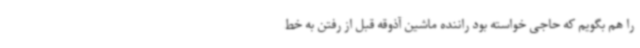
را هم بگویم که حاجی خواسته بود راننده ماشین آذوقه قبل از رفتن به خط